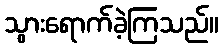
သွားရောက်ခဲ့ကြသည်။